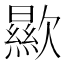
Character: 歞